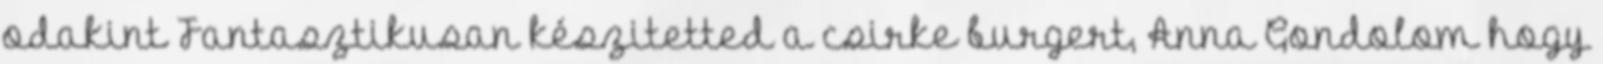
odakint Fantasztikusan készitetted a csirke burgert, Anna Gondolom hogy